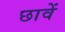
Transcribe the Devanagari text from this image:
छावें